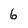
Character: 6